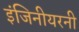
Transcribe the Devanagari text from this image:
इंजिनीयरनी